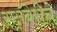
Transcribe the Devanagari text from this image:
स्ट्रॉबेरीचे